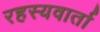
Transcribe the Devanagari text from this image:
रहस्यवार्ता